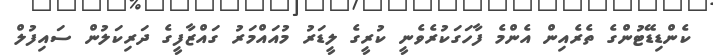
ކެންޑިޑޭޓުންގެ ތެރެއިން އެންމެ ފާހަގަކުރެވެނީ ކުރީގެ ލީޑަރު މުއައްމަރު ގައްޒާފީގެ ދަރިކަލުން ސައިފުލް